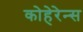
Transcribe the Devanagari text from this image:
कोहेरेन्स